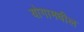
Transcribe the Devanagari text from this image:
योगामधील